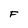
Character: F